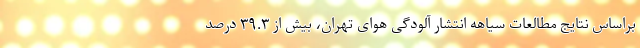
براساس نتایج مطالعات سیاهه انتشار آلودگی هوای تهران، بیش از ۳۹.۳ درصد